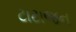
ટાટાજન